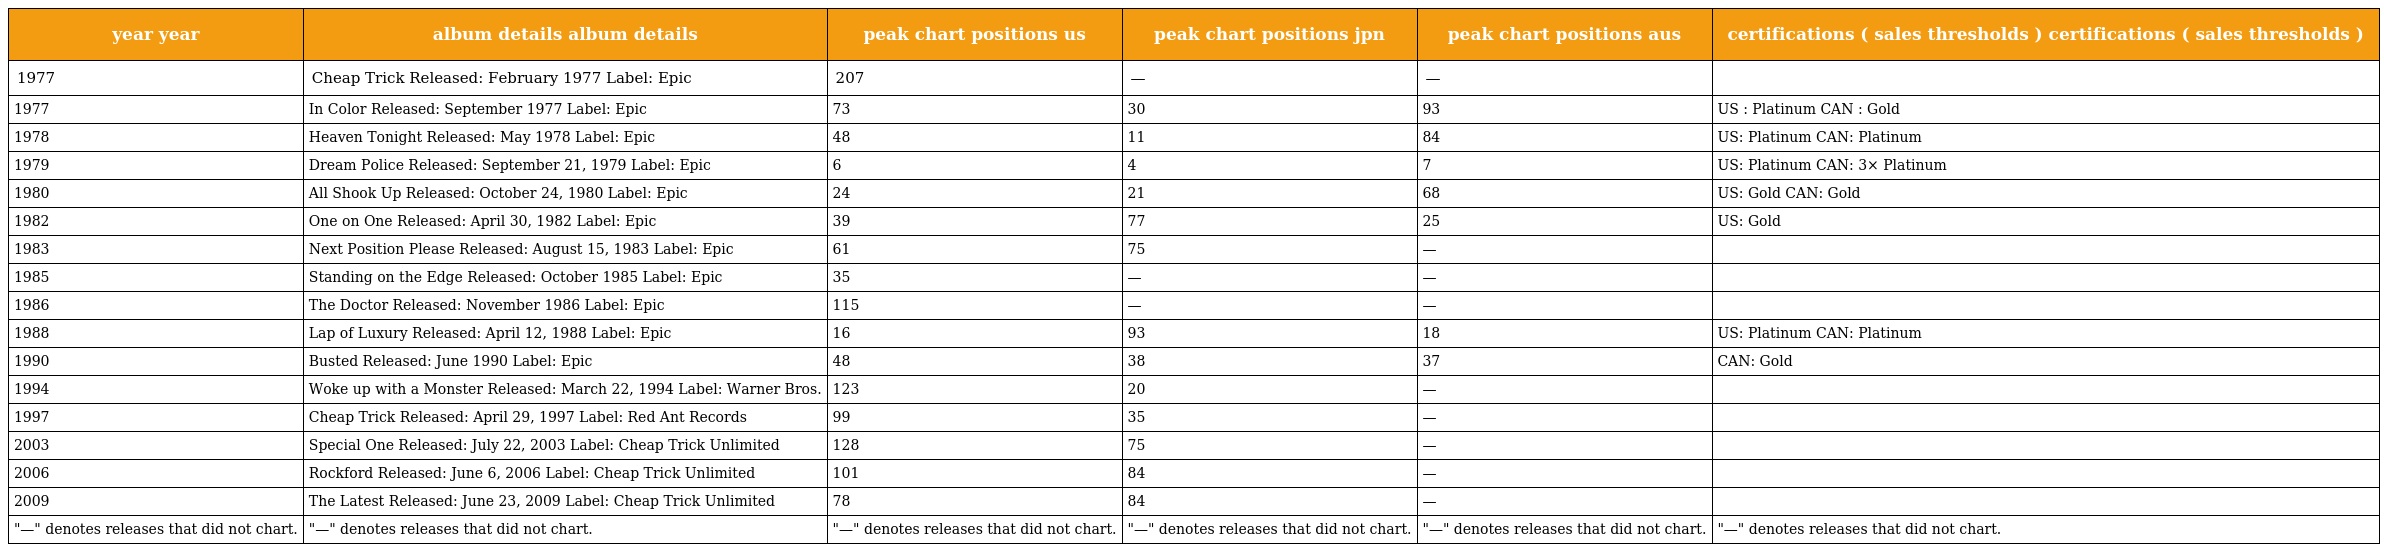
| year year | album details album details | peak chart positions us | peak chart positions jpn | peak chart positions aus | certifications ( sales thresholds ) certifications ( sales thresholds ) |
 | --- | --- | --- | --- | --- | --- |
 | 1977 | Cheap Trick Released: February 1977 Label: Epic | 207 | — | — |  |
 | 1977 | In Color Released: September 1977 Label: Epic | 73 | 30 | 93 | US : Platinum CAN : Gold |
 | 1978 | Heaven Tonight Released: May 1978 Label: Epic | 48 | 11 | 84 | US: Platinum CAN: Platinum |
 | 1979 | Dream Police Released: September 21, 1979 Label: Epic | 6 | 4 | 7 | US: Platinum CAN: 3× Platinum |
 | 1980 | All Shook Up Released: October 24, 1980 Label: Epic | 24 | 21 | 68 | US: Gold CAN: Gold |
 | 1982 | One on One Released: April 30, 1982 Label: Epic | 39 | 77 | 25 | US: Gold |
 | 1983 | Next Position Please Released: August 15, 1983 Label: Epic | 61 | 75 | — |  |
 | 1985 | Standing on the Edge Released: October 1985 Label: Epic | 35 | — | — |  |
 | 1986 | The Doctor Released: November 1986 Label: Epic | 115 | — | — |  |
 | 1988 | Lap of Luxury Released: April 12, 1988 Label: Epic | 16 | 93 | 18 | US: Platinum CAN: Platinum |
 | 1990 | Busted Released: June 1990 Label: Epic | 48 | 38 | 37 | CAN: Gold |
 | 1994 | Woke up with a Monster Released: March 22, 1994 Label: Warner Bros. | 123 | 20 | — |  |
 | 1997 | Cheap Trick Released: April 29, 1997 Label: Red Ant Records | 99 | 35 | — |  |
 | 2003 | Special One Released: July 22, 2003 Label: Cheap Trick Unlimited | 128 | 75 | — |  |
 | 2006 | Rockford Released: June 6, 2006 Label: Cheap Trick Unlimited | 101 | 84 | — |  |
 | 2009 | The Latest Released: June 23, 2009 Label: Cheap Trick Unlimited | 78 | 84 | — |  |
 | "—" denotes releases that did not chart. | "—" denotes releases that did not chart. | "—" denotes releases that did not chart. | "—" denotes releases that did not chart. | "—" denotes releases that did not chart. | "—" denotes releases that did not chart. |